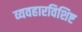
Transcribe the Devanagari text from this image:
व्यवहारविशिष्ट